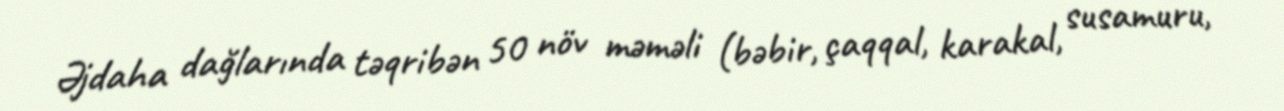
Əjdaha dağlarında təqribən 50 növ məməli (bəbir, çaqqal, karakal, susamuru,